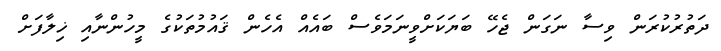
ދަތުރުކުރަން ވިސާ ނަގަން ޖެހޭ ބަޔަކަށްވީނަމަވެސް ބައެއް އެހެން ޤައުމުތަކުގެ މީހުންނާއި ޚިލާފަށް